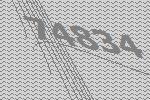
74834